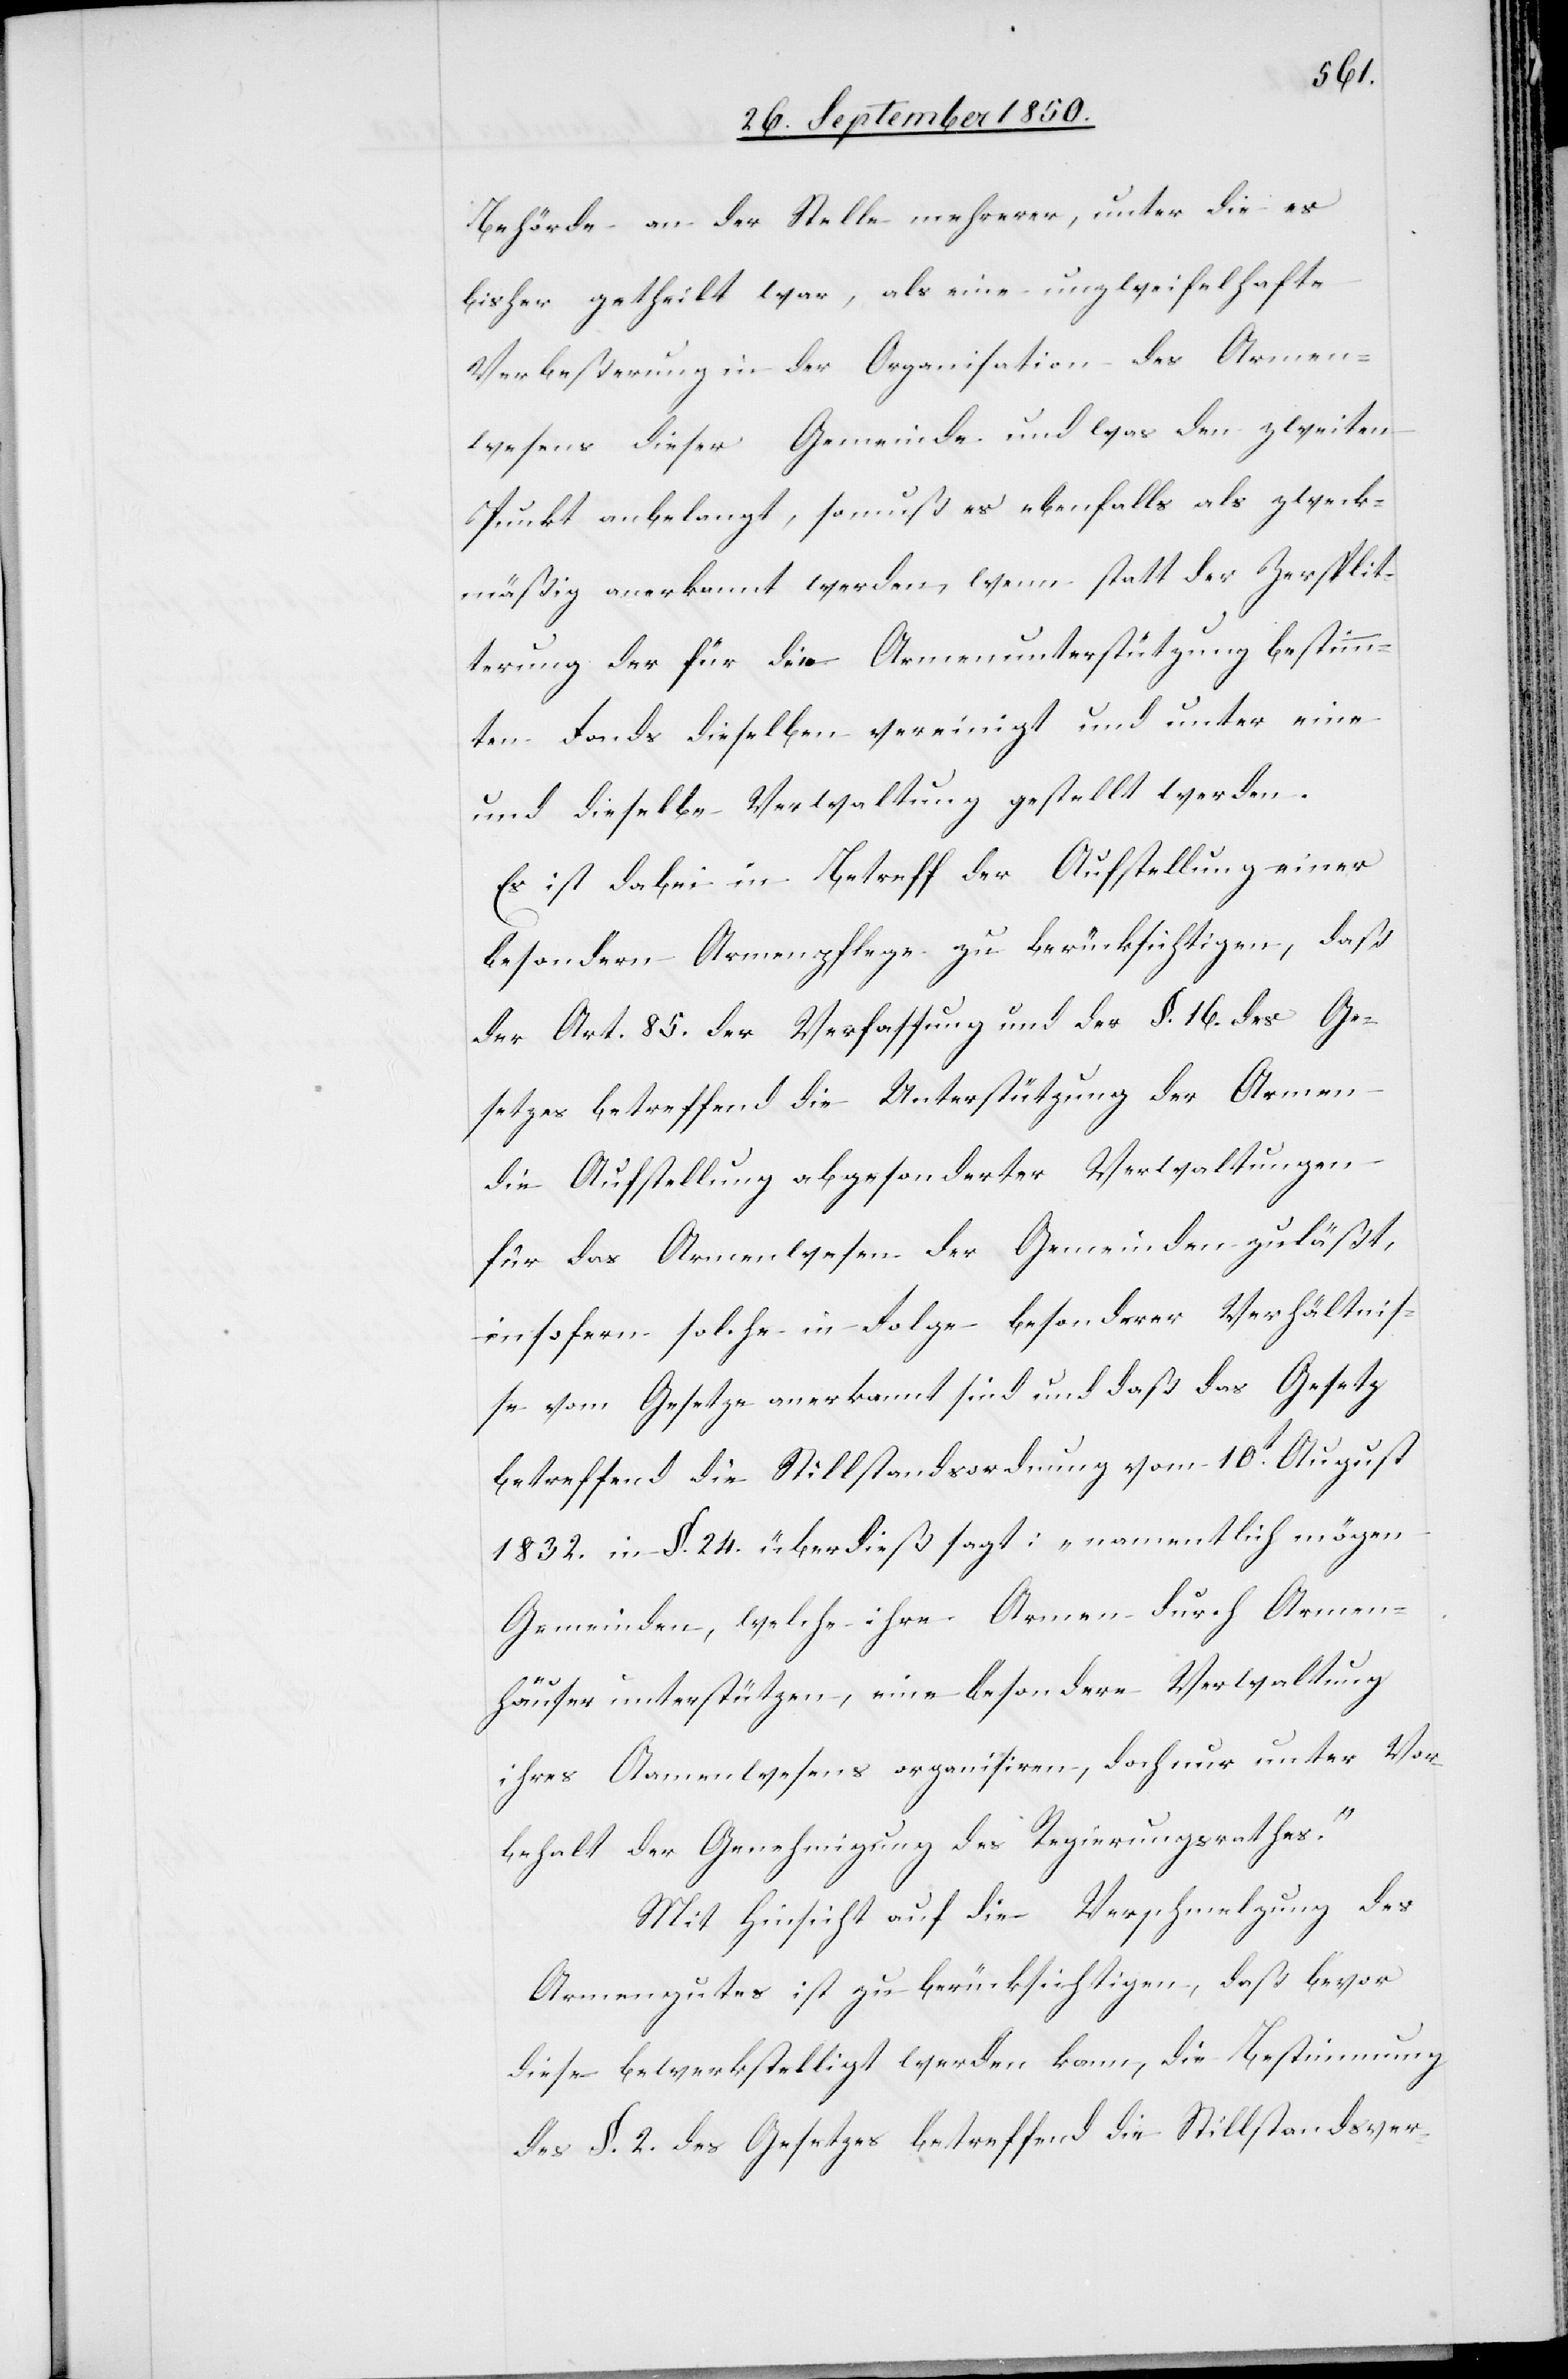
Behörde an der Stelle mehrerer, unter die es
bisher getheilt war, als eine unzweifelhafte
Verbeßerung in der Organisation des Armen¬
wesens dieser Gemeinde und was den zweiten
Punkt anbelangt, so muß es ebenfalls als zweck¬
mäßig anerkannt werden, wenn statt der Zersplit¬
terung der für die Armenunterstützung bestimm¬
ten Fonds dieselben vereinigt und unter eine
und dieselbe Verwaltung gestellt werden.
Es ist dabei in Betreff der Aufstellung einer
besondern Armenpflege zu berücksichtigen, daß
der Art. 85. der Verfassung und der §. 16. des Ge¬
setzes betreffend die Unterstützung der Armen
die Aufstellung abgesonderter Verwaltungen
für das Armenwesen der Gemeinden zuläßt,
insofern solche in Folge besonderer Verhältnis¬
se vom Gesetze anerkannt sind und daß das Gesetz
betreffend die Stillstandsordnung vom 10t August
1832. in §. 24. überdieß sagt: „namentlich mögen
Gemeinden, welche ihre Armen durch Armen¬
häuser unterstützen, eine besondere Verwaltung
ihres Armenwesens organisiren, doch nur unter Vor¬
behalt der Genehmigung des Regierungsrathes.“
Mit Hinsicht auf die Verschmelzung des
Armengutes ist zu berücksichtigen, daß bevor
diese bewerkstelligt werden kann, die Bestimmung
des §. 2. des Gesetzes betreffend die Stillstandsver-